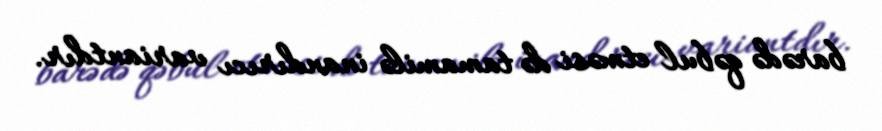
barədə qəbul etməsi də tamamilə inandırıcı variantdır.